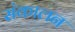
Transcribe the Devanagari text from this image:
संकालन